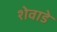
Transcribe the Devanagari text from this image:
शेवाडे